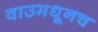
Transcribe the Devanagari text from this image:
वाउमधूनच